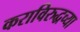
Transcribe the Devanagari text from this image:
कराविरुद्धच्या